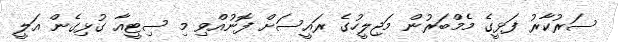
ސަރުކާރު ފަޅީގެ މެމްބަރުން މަޖިލީހުގެ ރައީސަށް ފޮނުއްވި މި ސިޓީއާ ގުޅިގެން އަލީ